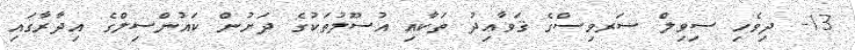
13- ދިވެހި ސިވިލް ސަރވިސްގެ ޤަވާޢިދު ތަކާއި އުސޫލުތަކުގެ ދަށުން ކައުންސިލްގެ އިދާރާގައި